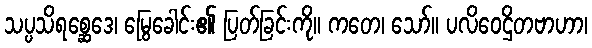
သပ္ပသိရစ္ဆေဒေ၊ မြွေခေါင်း၏ ပြတ်ခြင်းကို။ ကတေ၊ သော်။ ပလိဝေဌိတဗာဟာ၊